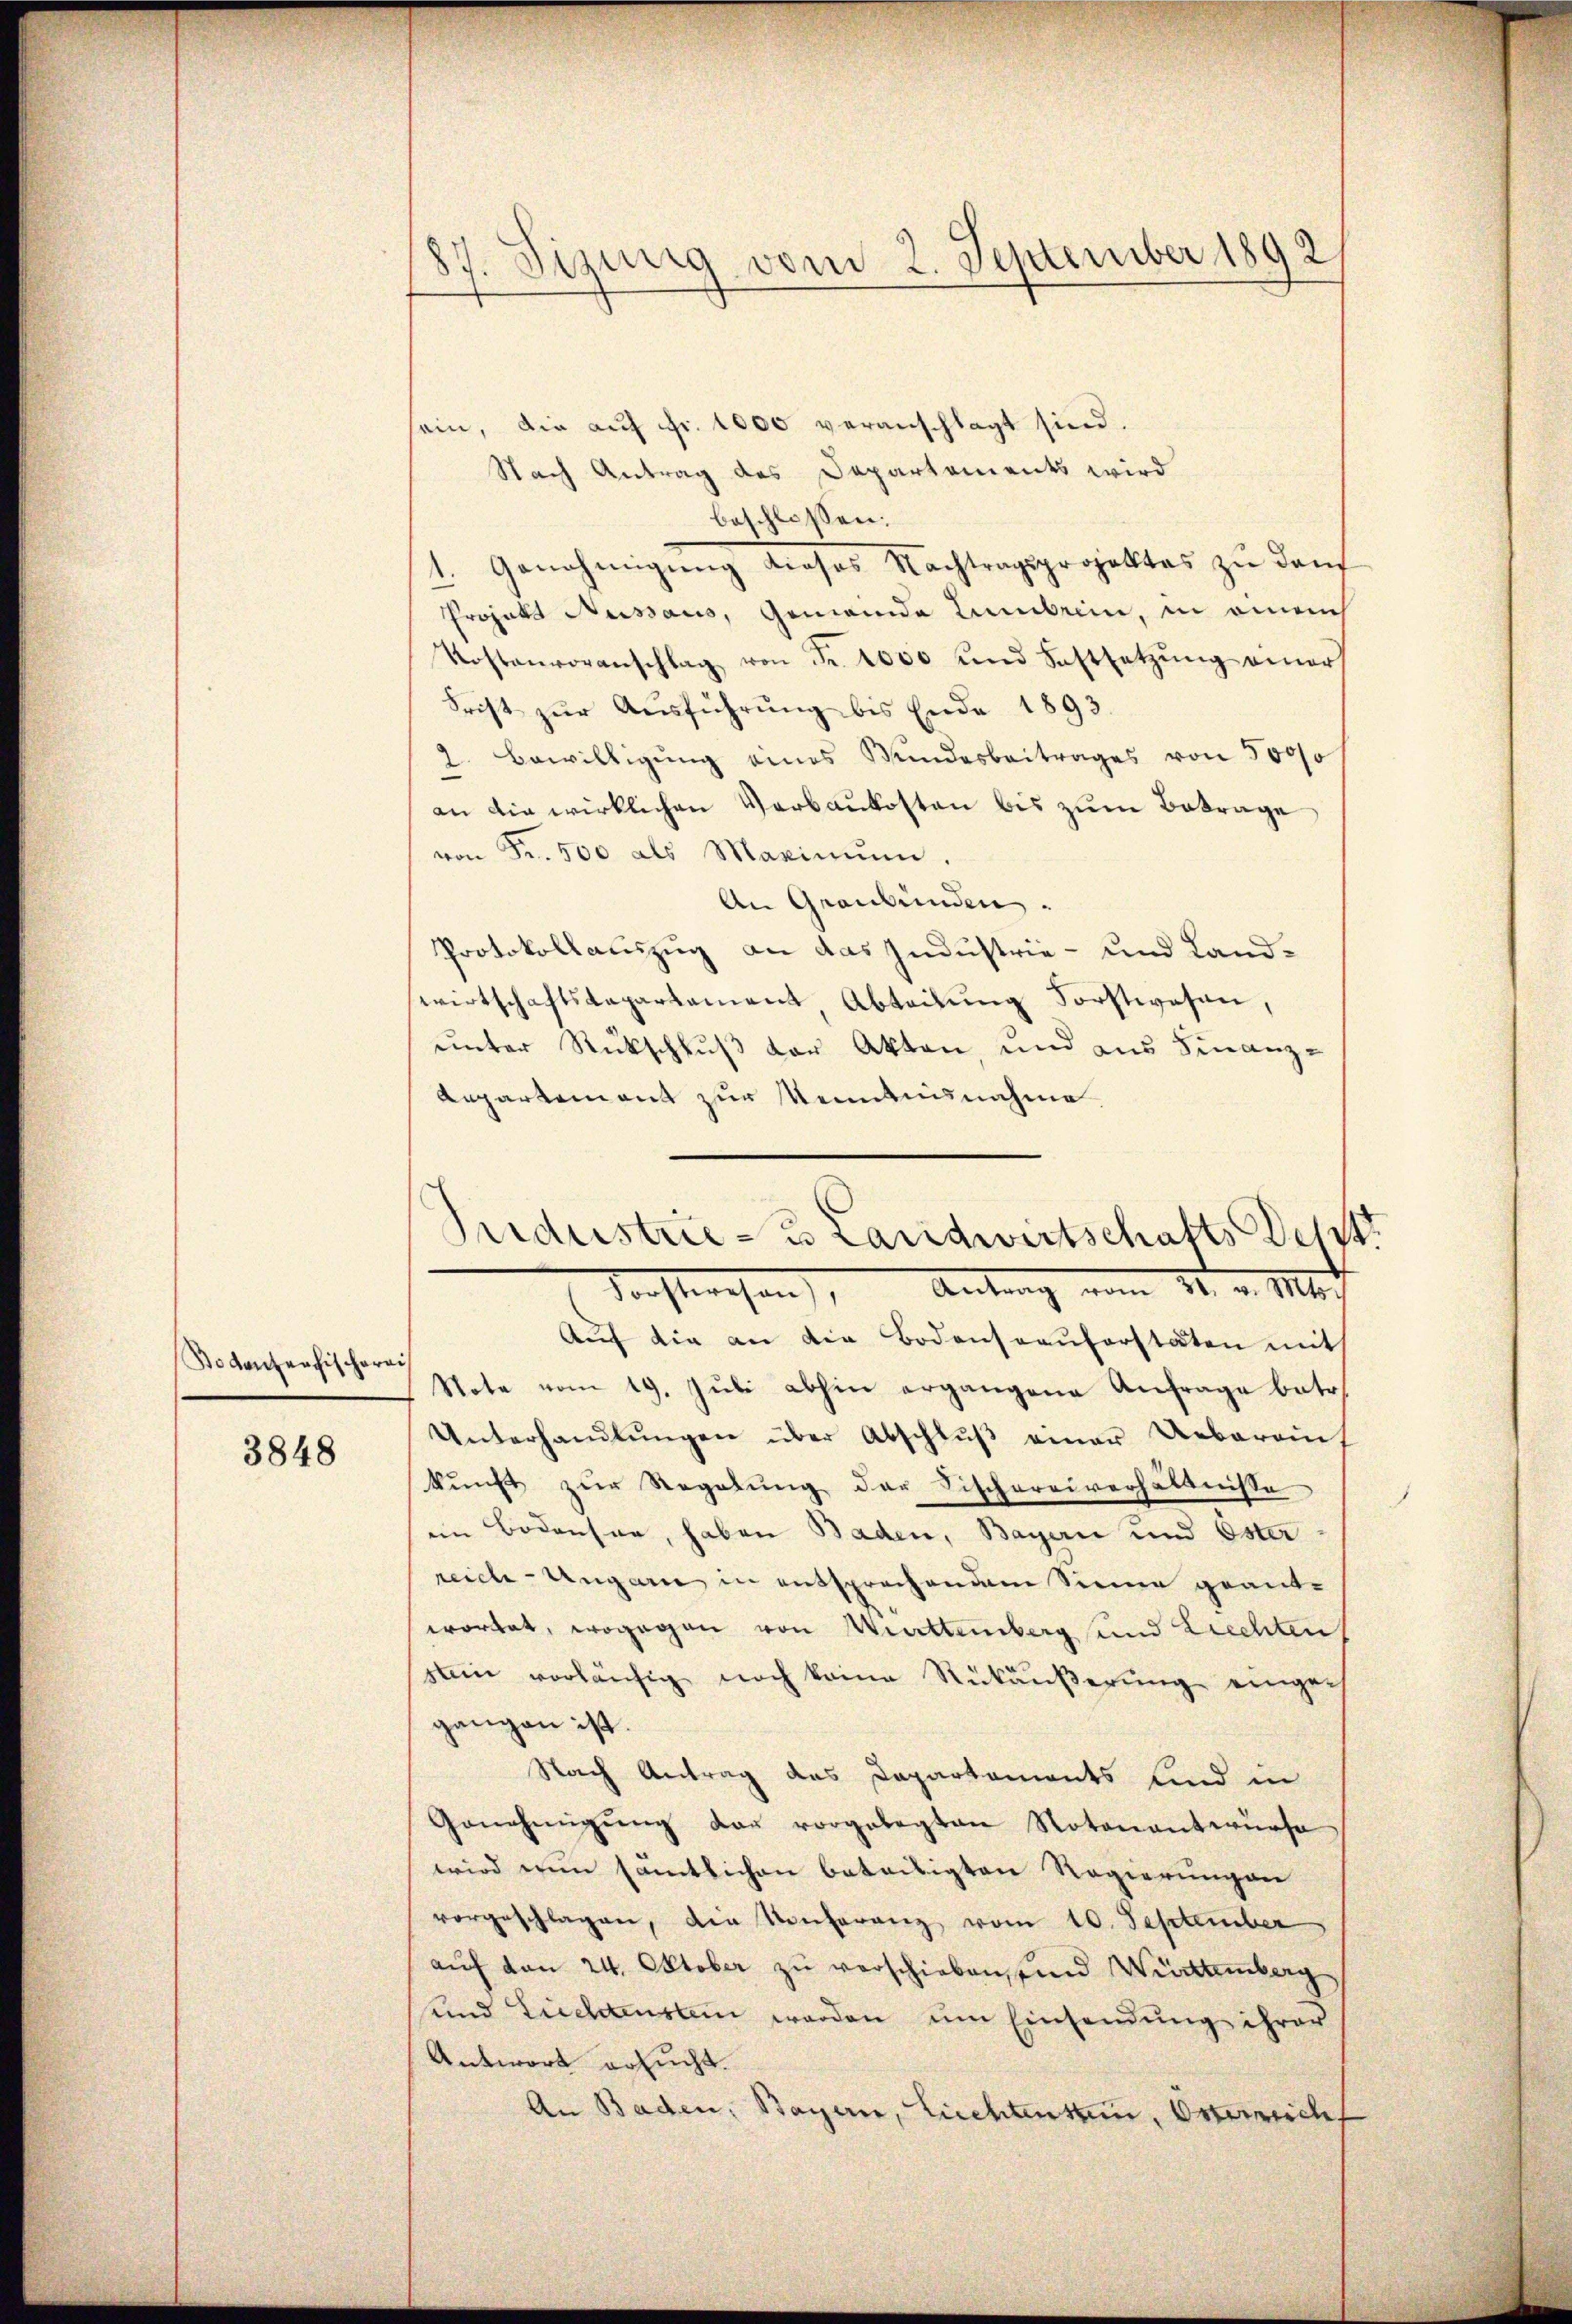
Botanterchischerei

3848

87. Sizung vom 2. September 1892

sein, die auf Fr. 1000 veranschlagt sind.
Nach Antrag des Departements wird
beschlossen:
1. Genehmigung dieses Nachtragsprojektes zu dan
Projekt Nussaus, Gemeinde Lembrii, in omneuch
Kostenvoranschlag von Fr. 1000 und Festsetzŭng einer
Frist zur Ausführung bis Ende 1893
1. Bewilligung eines Wundesbeitrages von 500/0
an die wirklichen Verbaukosten bis zum Betrage
von Fr. 500 als Maximum
An Graubünden.
Protokollauszug an das Industrie- und Landwirtschaftskapartament Abteilung Forstwesen,
unter Rückschluß der Akten und aus Finanz-
Aepartement zur Menntnisnahme
Forstwesen), Antrag vom 14. v. Mt
Auf die an die Bodensaaŭforstaten mit
Note vom 19. Jŭli abhin ergangene Anfrage betr.
Unterhandlŭngen über Abschlŭβ einer Ueberein
kunft zur Regelung der Fischereiverhältnisse
.
im Bodensee, haben Baden, Bayern und Oster
reiche Ungarn in entsprochendem Sinne geantwortet, wogegen von Württemberg und Liechten
sten vorläufig noch keine Rückäußerung einges
gangen ist.
Nach Antrag des Capartements sind in
Genehmigŭng der vorgelegten Notenantwürfe
wird ein sämtlichen beteiligten Regierungen
vorgeschlagen, die Konferenz vom 10. September
aŭf den 24. Oktober zu verschieben, und Württemberg
sund Liechtensten werden um Einsendung ihrer
Antwort ersucht.
An Baden, Bayern, Liechtensten, Osterreicht

c
Sndustrie- & Landwirtschafts Dett